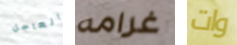
العاجل غرامه وات